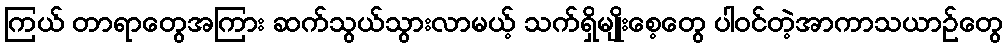
ကြယ် တာရာတွေအကြား ဆက်သွယ်သွားလာမယ့် သက်ရှိမျိုးစေ့တွေ ပါဝင်တဲ့အာကာသယာဉ်တွေ